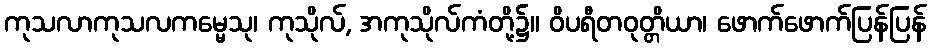
ကုသလာကုသလကမ္မေသု၊ ကုသိုလ်, အကုသိုလ်ကံတို့၌။ ဝိပရီတဝုတ္တိယာ၊ ဖောက်ဖောက်ပြန်ပြန်